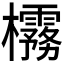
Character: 𪴟